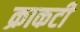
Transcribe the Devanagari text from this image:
क्राकटी